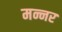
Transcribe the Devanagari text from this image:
मन्नर